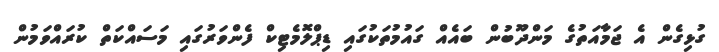
ގުޅިގެން އެ ޖަމާއަތުގެ މަންދޫބުން ބައެއް ގައުމުތަކުގައި ޑިޕްލޮމެޓިކް ފެންވަރުގައި މަސައްކަތް ކުރައްވަމުން